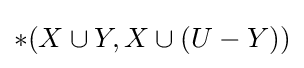
*(X\cup Y,X\cup (U-Y))